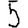
Digit: 5